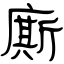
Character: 廝